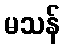
မသန်